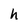
Character: h